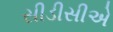
સીડીસીએ